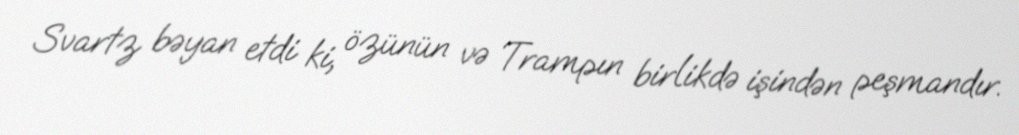
Svartz bəyan etdi ki, özünün və Trampın birlikdə işindən peşmandır.